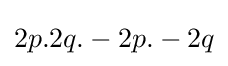
2p.2q.-2p.-2q